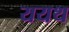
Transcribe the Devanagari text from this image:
ययथ